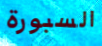
السبورة